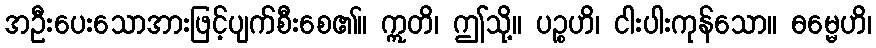
အဦးပေးသောအားဖြင့်ပျက်စီးစေ၏။ ဣတိ၊ ဤသို့။ ပဉ္စဟိ၊ ငါးပါးကုန်သော။ ဓမ္မေဟိ၊